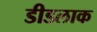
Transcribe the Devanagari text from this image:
डीडलाक